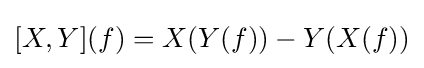
[X,Y](f)=X(Y(f))-Y(X(f))